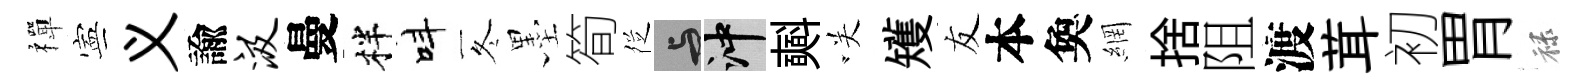
禪寕义諭汲曼柈呌冬墨筍徔与冲𣂏咲矱友本奐網捨阻渡茸初胃禄